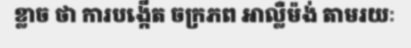
ខ្លាច ថា ការបង្កើត ចក្រភព អាល្លឺម៉ង់ តាមរយៈ